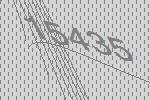
15435